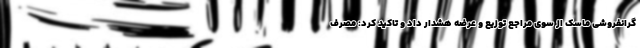
گرانفروشی ماسک از سوی مراجع توزیع و عرضه هشدار داد و تاکید کرد: مصرف